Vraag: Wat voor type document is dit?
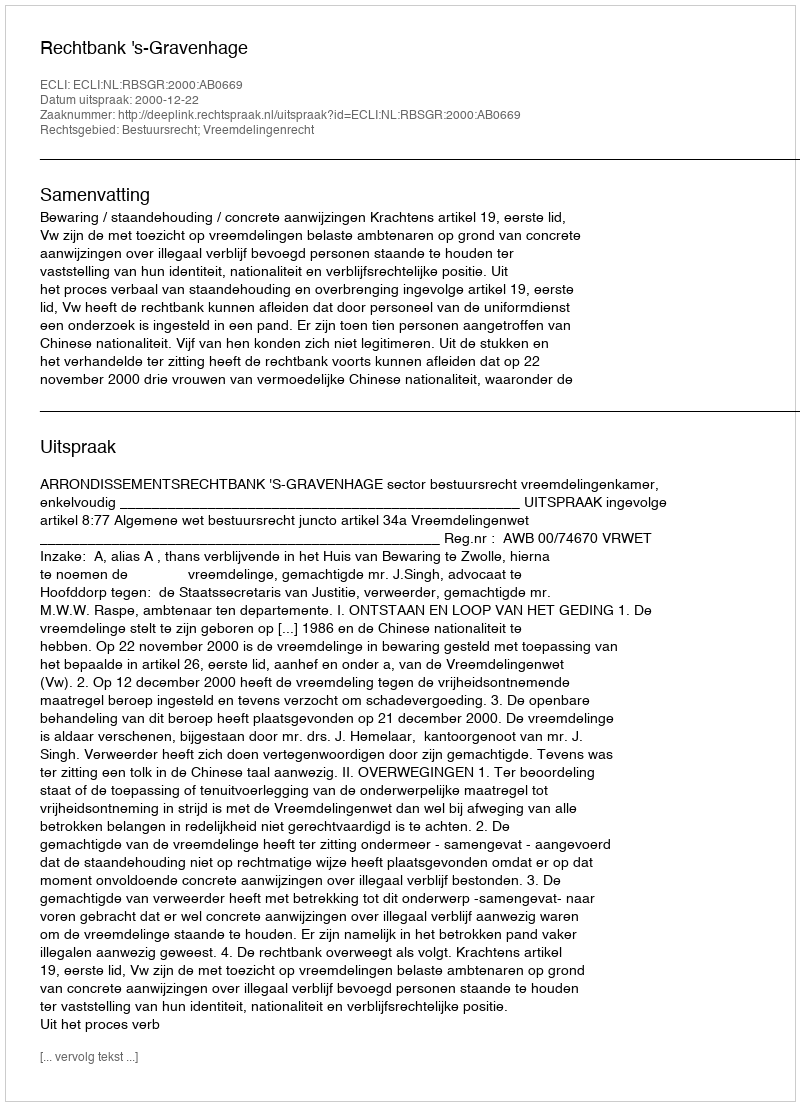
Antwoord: Uitspraak